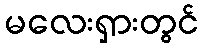
မလေးရှားတွင်